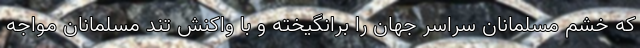
که خشم مسلمانان سراسر جهان را برانگیخته و با واکنش تند مسلمانان مواجه